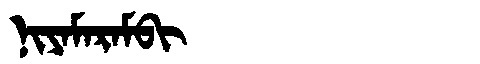
Manchu: ᠨᡳᠶᠠᠮᠠᡵᠠᠮᠪᡳ
Romanization: NIYAMARAMBI